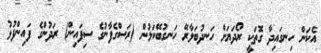
އެކަން ހިނގައިދާ ގޮތަކީ ރޯދަޔަށް ހަނދުބަލާރޭ ހަނގުބޭކަލުން (ރަސްގެފާނުގެ ސިފައިން) ރަދުންގެ ފައިންފުޅު